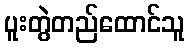
ပူးတွဲတည်ထောင်သူ